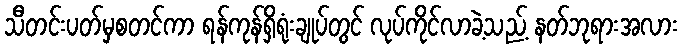
သီတင်းပတ်မှစတင်ကာ ရန်ကုန်ရှိရုံးချုပ်တွင် လုပ်ကိုင်လာခဲ့သည့် နတ်ဘုရားအလား